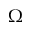
\boldsymbol { \Omega }